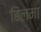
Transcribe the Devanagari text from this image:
बिलमा